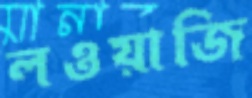
লওয়াজি